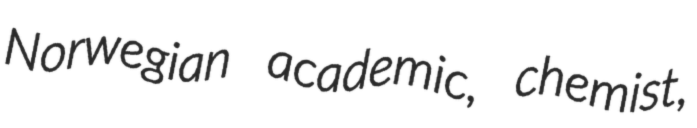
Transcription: Norwegian academic, chemist,